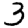
Digit: 3